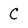
Character: C